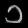
Digit: ၁